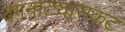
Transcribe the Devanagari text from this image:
वगनाट्यासकट